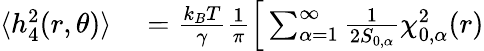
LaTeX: \begin{array}{rl}{\langle h_{4}^{2}(r,\theta)\rangle}&{{}=\frac{k_{B}T}{\gamma}\frac{1}{\pi}\Big[\sum_{\alpha=1}^{\infty}\frac{1}{2S_{0,\alpha}}\chi_{0,\alpha}^{2}(r)}\end{array}